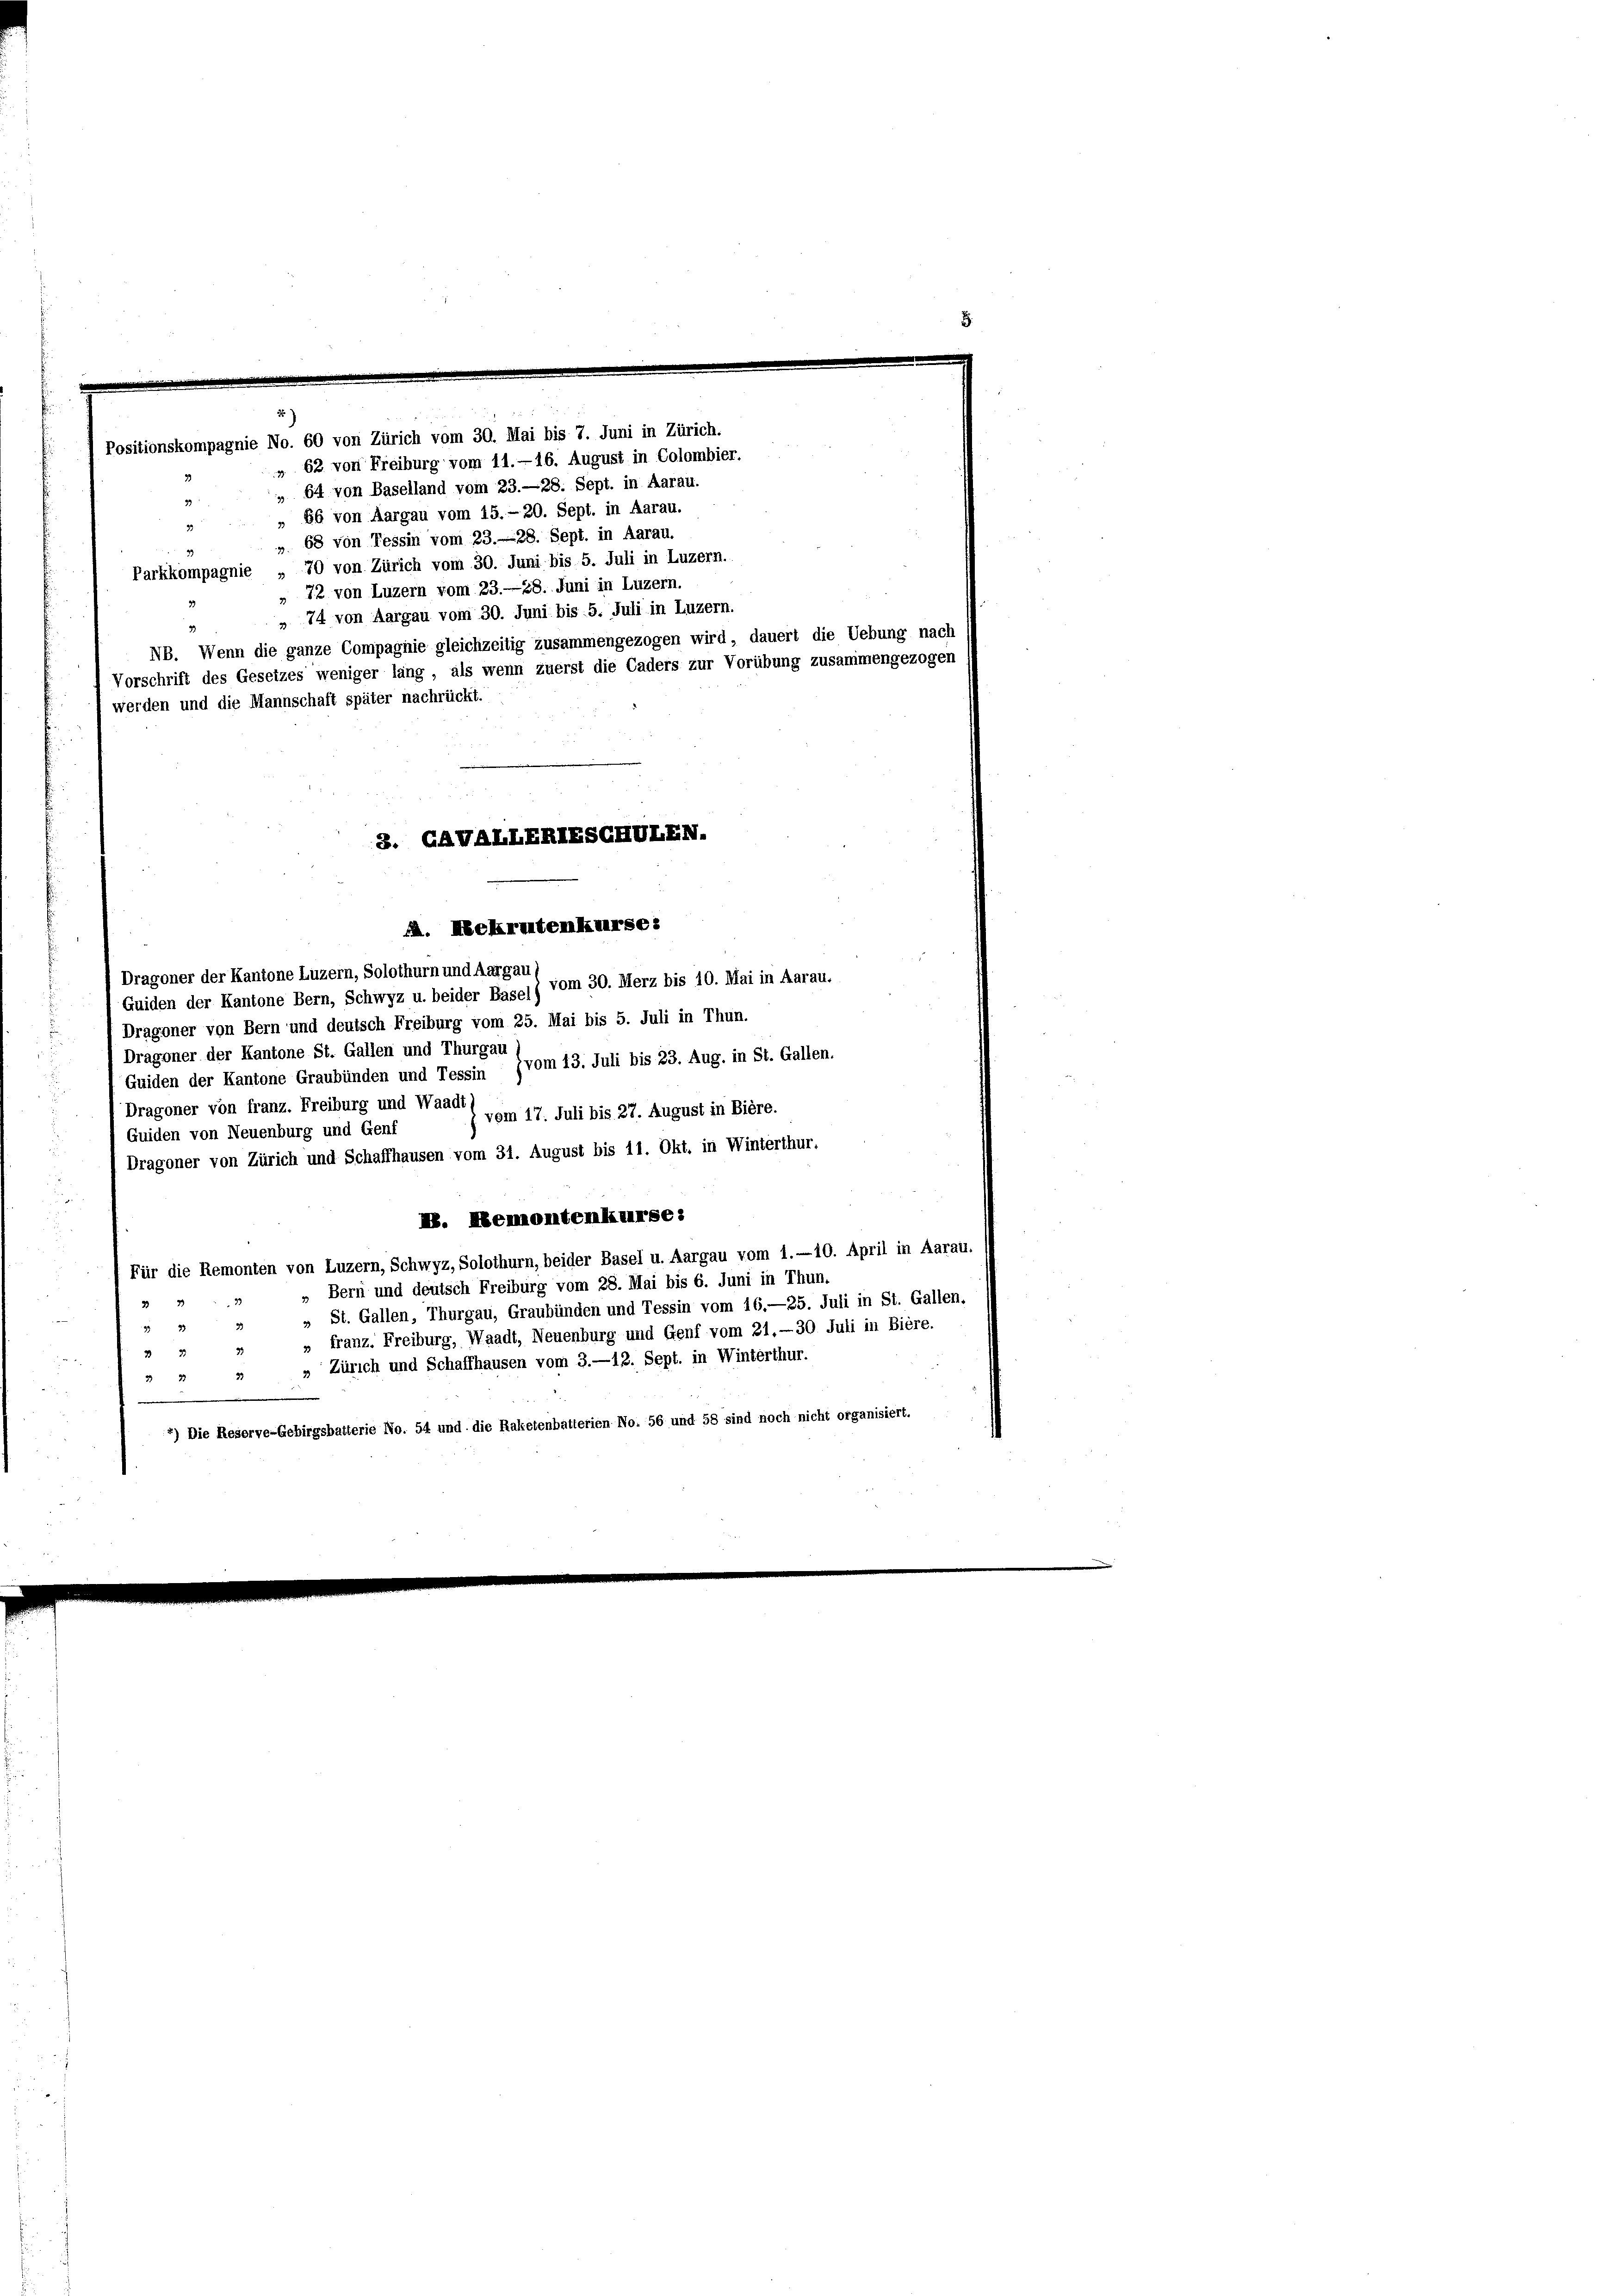
Parkkompagnie „ 70 von Zürich vom 30. Juni bis 5. Juli in Luzern.
„ 72 von Luzern vom 23.—28. Juni in Luzern.
 74 von Aargau vom 30. Juni bis 5. Juli in Luzern.
NB. Wenn die ganze Compagnie gleichzeitig zusammengezogen wird, dauert die Uebung
Vorschrift des Gesetzes weniger lang, als wenn zuerst die Caders zur Vorübung zusammengez
werden und die Mannschaft später nachrückt.
2. GAVALLERIESCHULEN.

Positionskompagnie No. 60 von Zürich vom 30. Mai bis 7. Juni in Zürich.
„ 62 von Freiburg vom 11.-16. August in Colombier.
 64 von Baselland vom 23.—28. Sept. in Aarau.
„ 86 von Aargau vom 15. - 20. Sept. in Aarau.
 68 von Tessin vom 23. 28. Sept. in Aarau.

. Nekrutenkurse:

Dragoner der Kantone Luzern, Solothurn und Aargau
 vom 30. Merz bis 10. Mai in Aarau.
Guiden der Kantone Bern, Schwyz u. beider Basel)
Dragoner von Bern und deutsch Freiburg vom 25. Mai bis 5. Juli in Thun.
Dragoner der Kantone St. Gallen und Thurgau
Guiden der Kantone Graubünden und Tessin vom 13. Juli bis 23. Aug. in St. Gallen.
Dragoner von franz. Freiburg und Waadt
vom 17. Juli bis 27. August in Bière.
Guiden von Neuenburg und Genf
Dragoner von Zürich und Schaffhausen vom 31. August bis 11. Okt. in Winterthur,
I. Remontenkurse:
Für die Remonten von Luzern, Schwyz, Solothurn, beider Basel u. Aargau vom 1.-10. April in Aarau.
Bern und deutsch Freiburg vom 28. Mai bis 6. Juni in Thun-
St. Gallen, Thurgau, Graubünden und Tessin vom 16.—25. Juli in St. Gallen.
33
32
franz. Freiburg, Waadt, Neuenburg und Genf vom 21.—30. Juli in Biere.
B 27
2
» Zürich und Schaffhausen vom 3.—12. Sept. in Winterthur.
33
222
*) Die Reserve-Gebirgsbatterie No. 54 und die Raketenbatterien No. 56 und 58 sind noch nicht organisiert.